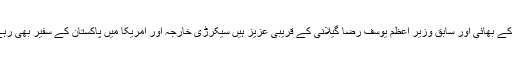
جلیل عباس جیلانی سابق چیف جسٹس تصدق حسین جیلانی کے بھائی اور سابق وزیر اعظم یوسف رضا گیلانی کے قریبی عزیز ہیں سیکرڑی خارجہ اور امریکا میں پاکستان کے سفیر بھی رہے چکے ہیں اور سفارتکاری میں وسیع تجربہ رکھتے ہیں ۔